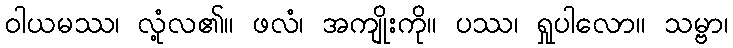
ဝါယမဿ၊ လုံ့လ၏။ ဖလံ၊ အကျိုးကို။ ပဿ၊ ရှုပါလော။ သမ္ဗာ၊